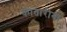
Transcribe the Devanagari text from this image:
कातारीना